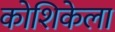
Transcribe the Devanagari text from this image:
कोशिकेला